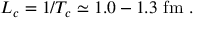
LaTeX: L _ { c } = 1 / T _ { c } \simeq 1 . 0 - 1 . 3 \ \mathrm { f m } \ .